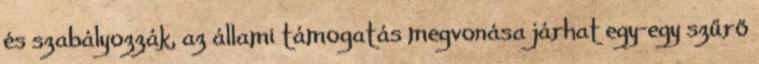
és szabályozzák, az állami támogatás megvonása járhat egy-egy szűrő